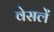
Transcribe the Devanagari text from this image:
वेसलें